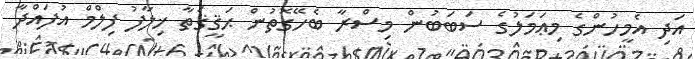
އަދި އެމީހުންގެ މިޢަމަލުގެ ސަބަބުން މިސްރާ ބެހޭގޮތުން ޙަޤީޤަތާ ޚިލާފު ފިލްމް އުފައްދާ